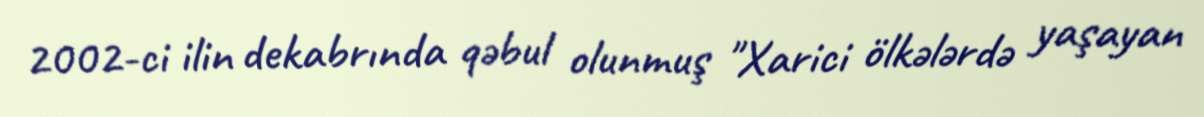
2002-ci ilin dekabrında qəbul olunmuş "Xarici ölkələrdə yaşayan